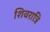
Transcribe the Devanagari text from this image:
शिवरात्रि